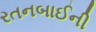
રતનબાઈની